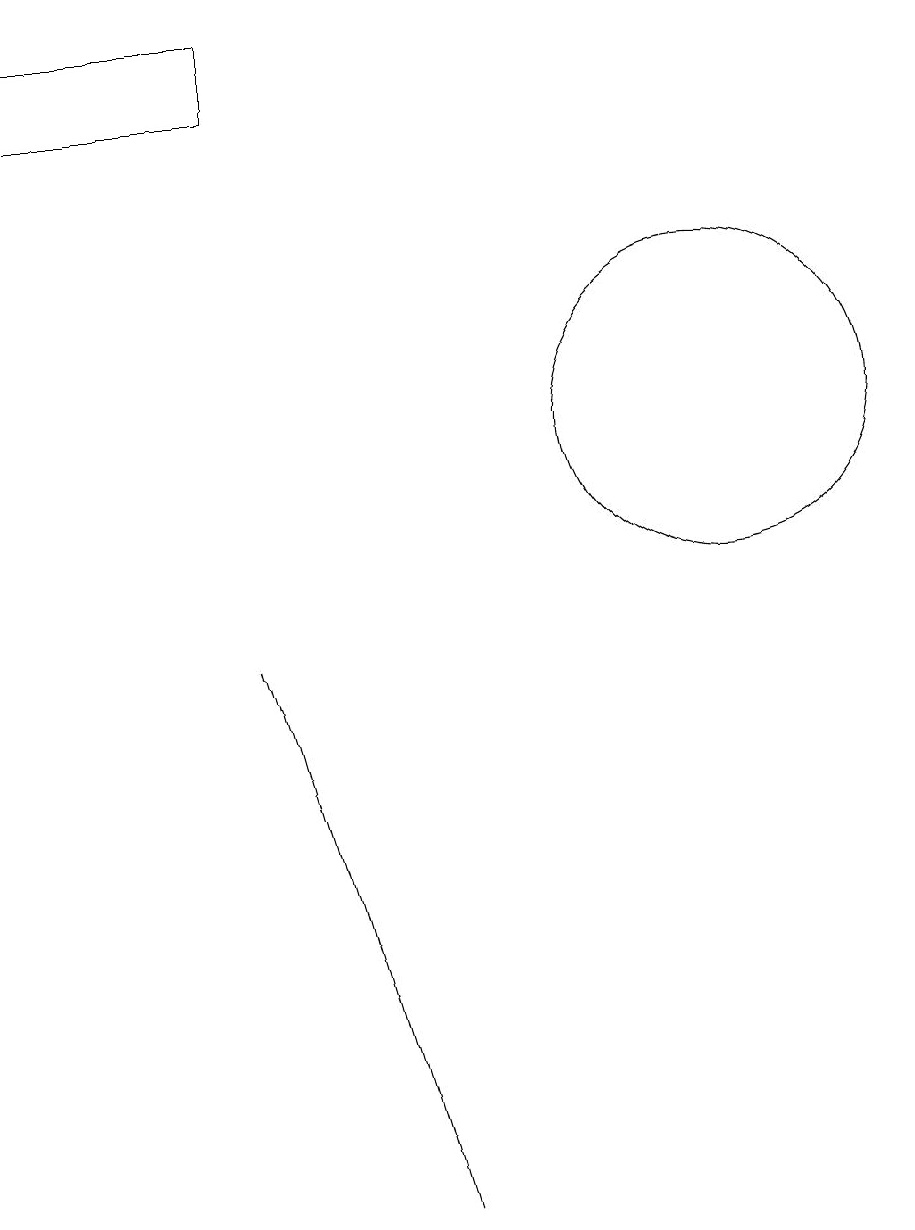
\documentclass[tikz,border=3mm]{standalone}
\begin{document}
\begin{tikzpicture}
\draw (4,16) rectangle (1,17);
\draw (6,2) -- (4,9) -- (4,9) -- cycle;
\draw (10,12) circle (2);
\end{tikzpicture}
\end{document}